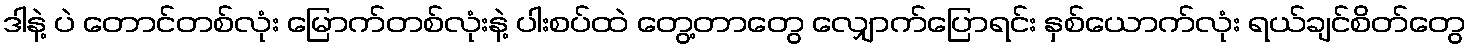
ဒါနဲ့ ပဲ တောင်တစ်လုံး မြောက်တစ်လုံးနဲ့ ပါးစပ်ထဲ တွေ့တာတွေ လျှောက်ပြောရင်း နှစ်ယောက်လုံး ရယ်ချင်စိတ်တွေ